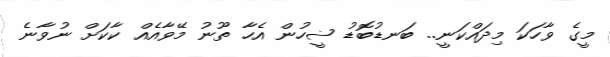
މީގެ ވާހަކަ މިދައްކަނީ.. ބަނޑުބޮޑު ޟީހުން އެހާ ތޫނު މޭވާއެއް ކާކަށް ނުވާނެ